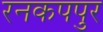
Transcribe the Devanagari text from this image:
रनकपपुर